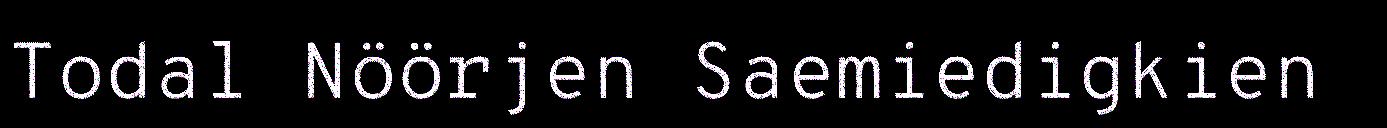
Todal Nöörjen Saemiedigkien